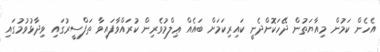
އެހެން ކަމުން މިއާޔަތުން ދޭހަކޮށްދެނީ ކައިރިކަމަށް ބައެއް ޢިލްމުވެރިން ކުރައްވާފައިވާ ތަފްސީރުގައި ވިދާޅުވުމުގައި